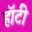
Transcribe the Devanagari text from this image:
हॉटी